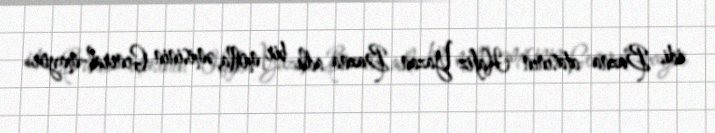
idi. Bazna atasının Hafiz Yazan Bazna adlı bir molla, əmisinin General-mayor